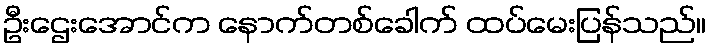
ဦးဌေးအောင်က နောက်တစ်ခေါက် ထပ်မေးပြန်သည်။